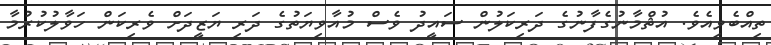
ތިއްބެވިއެވެ. އުޘްމާނުގެފާނުގެ ދަރިކަލުން ސައީދު ވެސް މުއާވިޔަތުގެ ދަރި ޔަޒީދަށް ވެރިކަން ހަވާލުކުރުމާ